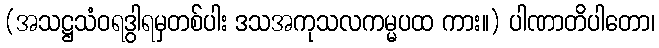
(အသဋ္ဌသံဝရဒွါရမှတစ်ပါး ဒသအကုသလကမ္မပထ ကား။) ပါဏာတိပါတော၊